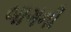
બાગની